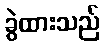
ခွဲထားသည်